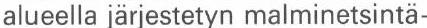
alueella järjestetyn malminetsintä-